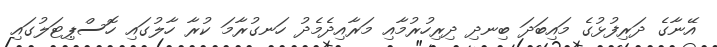
އޭނާގެ ދަރިފުޅުގެ މައިބަދަ ބިނދި ދިރިހުރުމާއި މަރާއިދެމެދު ހަނގުރާމަ ކުރާ ހާލުގައި ހޮސްޕިޓަލުގައި